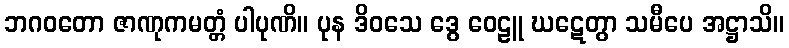
ဘဂဝတော ဇာဏုကမတ္တံ ပါပုဏိ။ ပုန ဒိဝသေ ဒွေ ဝေဠူ ဃဋေတွာ သမီပေ အဋ္ဌာသိ။